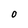
Character: O